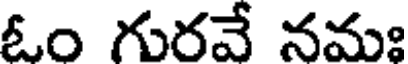
ఓం గురవే నమః